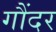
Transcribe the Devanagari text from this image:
गौंदर